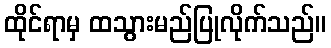
ထိုင်ရာမှ ထသွားမည်ပြုလိုက်သည်။